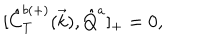
{ [ } \hat { C } _ { T } ^ { b ( + ) } ( \vec { k } ) , \hat { Q } ^ { a } ] _ { + } = 0 ,